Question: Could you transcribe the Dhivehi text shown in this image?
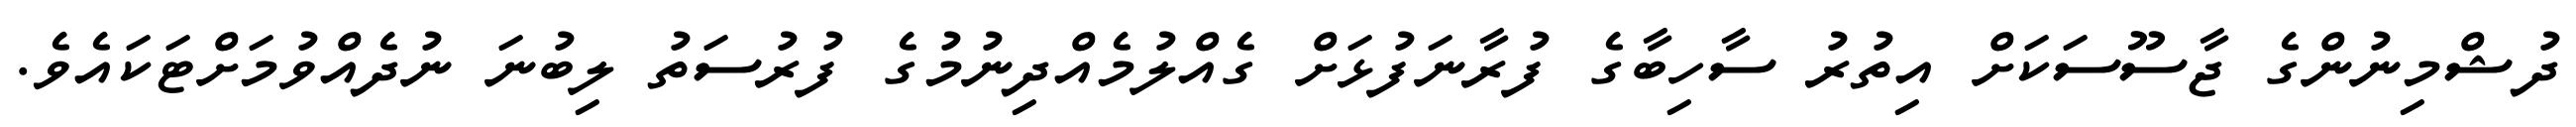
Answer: ދުޝްމިނުންގެ ޖާސޫސަކަށް އިތުރު ސާހިބާގެ ފުރާނަފުޅަށް ގެއްލުމެއްދިނުމުގެ ފުރުސަތު ލިބުނަ ނުދެއްވުމަށްޓަކައެވެ.